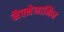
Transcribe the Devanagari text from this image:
मैक्मेनामिन